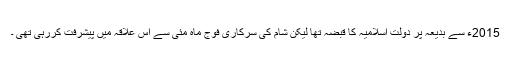
2015ء سے بدیعہ پر دولت اسلامیہ کا قبضہ تھا لیکن شام کی سرکاری فوج ماہ مئی سے اس علاقہ میں پیشرفت کررہی تھی ۔